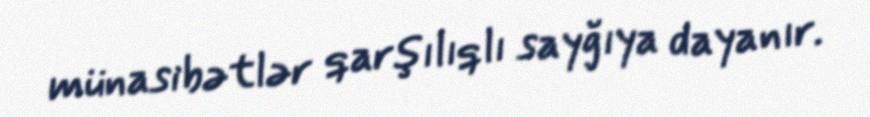
münasibətlər qarşılıqlı sayğıya dayanır.